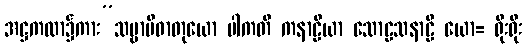
အဋ္ဌကထာ၌ကား”သဗ္ဗာပိဓာတုယော ပါကတိ ကနာဠိယာ သောဠသနာဠိ ယော= ရိုးရိုး